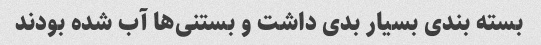
بسته بندی بسیار بدی داشت و بستنی‌ها آب شده بودند